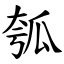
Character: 瓠